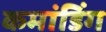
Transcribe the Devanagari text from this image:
कमांडिंग